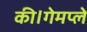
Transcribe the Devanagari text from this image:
की।गेमप्ले